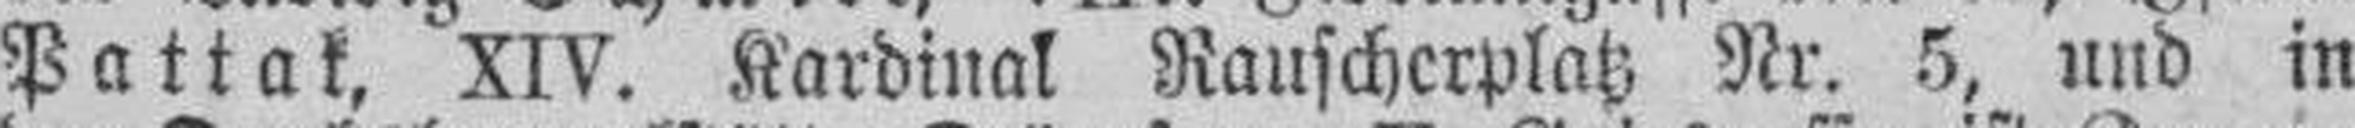
Pattak, XIV. Kardinal Rauscherplatz Nr. 5, und in